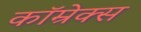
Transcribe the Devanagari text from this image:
कॉम्रेक्स